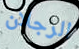
الرجلان